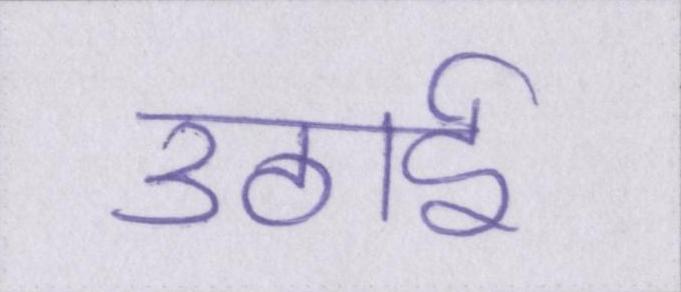
उठाई